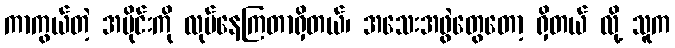
ကာကွယ်တဲ့ အပိုင်းကို လုပ်နေကြတာရှိတယ်၊ အသေးအဖွဲတွေတော့ ရှိတယ် လို့ သူက